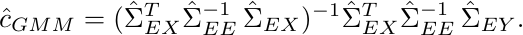
\begin{equation*}
    \hat{c}_{GMM} = (\hat{\Sigma}_{EX}^T \hat{\Sigma}_{EE}^{-1}\, \hat{\Sigma}_{EX})^{-1} \hat{\Sigma}_{EX}^T \hat{\Sigma}_{EE}^{-1}\, \hat{\Sigma}_{EY}.
\end{equation*}